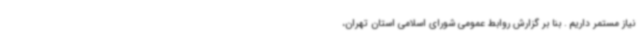
نیاز مستمر داریم . بنا بر گزارش روابط عمومی شورای اسلامی استان تهران،